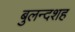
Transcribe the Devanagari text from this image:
बुलन्दशह